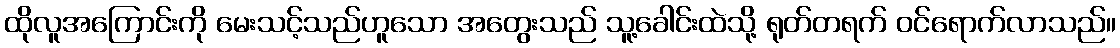
ထိုလူအကြောင်းကို မေးသင့်သည်ဟူသော အတွေးသည် သူ့ခေါင်းထဲသို့ ရုတ်တရက် ဝင်ရောက်လာသည်။